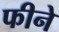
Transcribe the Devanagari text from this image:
फीने